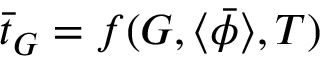
\bar { t } _ { G } = f ( G , \langle \bar { \phi } \rangle , T )